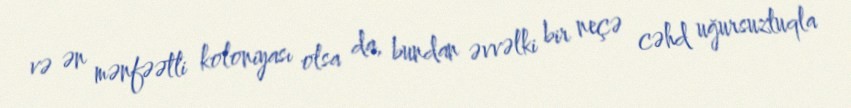
və ən mənfəətli koloniyası olsa da, bundan əvvəlki bir neçə cəhd uğursuzluqla